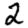
Digit: 2